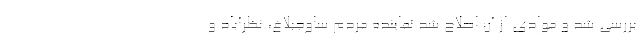
بررسی شد و موادی از ‌آن اصلاح شد نماینده مردم ساوجبلاغ، نظرآباد و